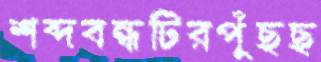
শব্দবন্ধটিরপুঁছছ